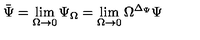
\bar { \Psi } = \lim _ { \Omega \to 0 } \Psi _ { \Omega } = \lim _ { \Omega \to 0 } \Omega ^ { \Delta _ { \Psi } } \Psi